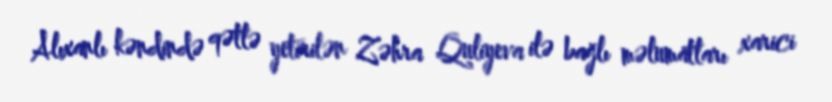
Alıxanlı kəndində qətlə yetirilən Zəhra Quliyeva ilə bağlı məlumatları xarici